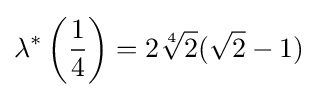
\lambda ^{*}\left({\frac {1}{4}}\right)=2{\sqrt[{4}]{2}}({\sqrt {2}}-1)